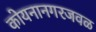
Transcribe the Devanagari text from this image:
कोयनानगरजवळ